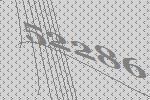
52286